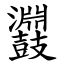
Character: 鼝